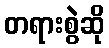
တရားစွဲဆို